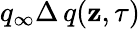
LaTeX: q_{\infty}\Delta\, q(\mathbf{z},\tau)